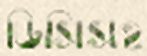
ডিসিসহ